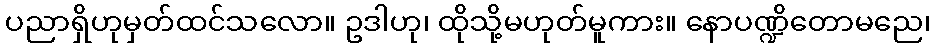
ပညာရှိဟုမှတ်ထင်သလော။ ဥဒါဟု၊ ထိုသို့မဟုတ်မူကား။ နောပဏ္ဍိတောမညေ၊